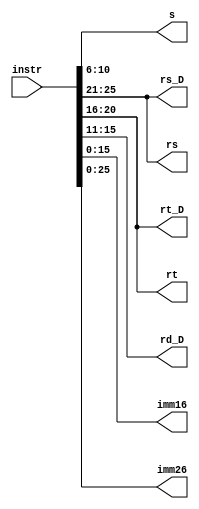
`timescale 1ns / 1ps
//////////////////////////////////////////////////////////////////////////////////
// Company: 
// Engineer: 
// 
// Design Name: 
// Module Name:    fenweiqigai 
// Project Name: 
// Target Devices: 
// Tool versions: 
// Description: 
//
// Dependencies: 
//
// Revision: 
// Revision 0.01 - File Created
// Additional Comments: 
//
//////////////////////////////////////////////////////////////////////////////////
module fenweiqigai(
	 input [31:0] instr,
    //output [31:0] instr_D,
	 output [4:0] s,
    output [4:0] rs,
    output [4:0] rt,
    output [4:0] rs_D,
    output [4:0] rt_D,
    output [4:0] rd_D,
    output [15:0] imm16,
	 output [25:0] imm26
    );
	 assign instr_D = instr;
	 assign s = instr[10:6];
	 assign rs = instr[25:21];
	 assign rt = instr[20:16];
	 assign rs_D = instr[25:21];
	 assign rt_D = instr[20:16];
	 assign rd_D = instr[15:11];
	 assign imm16 = instr[15:0];
	 assign imm26 = instr[25:0];
   


endmodule